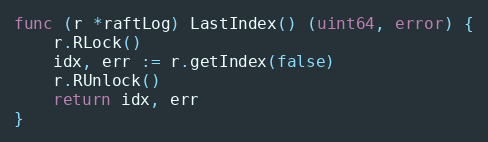
Language: Go
func (r *raftLog) LastIndex() (uint64, error) {
	r.RLock()
	idx, err := r.getIndex(false)
	r.RUnlock()
	return idx, err
}